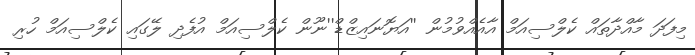
މިފަދަ މާއްދާތައް ކެލްސިއަމް އާއެއްވުމުން ''އަޔޮނައިޒްޑް''ނޫން ކެލްސިއަމް އުފެދި ލޭގައި ކެލްސިއަމް ހުރި